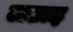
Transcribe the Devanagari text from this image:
लडाइ